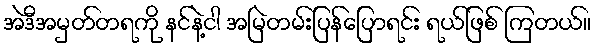
အဲဒီအမှတ်တရကို နင်နဲ့ငါ အမြဲတမ်းပြန်ပြောရင်း ရယ်ဖြစ် ကြတယ်။